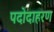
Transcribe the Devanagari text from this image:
पदोदाहरण